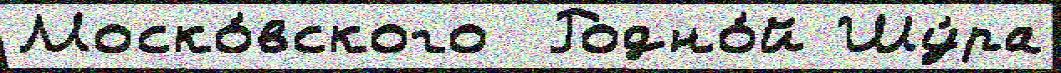
Моско́вского  Родно́й Шу́ра